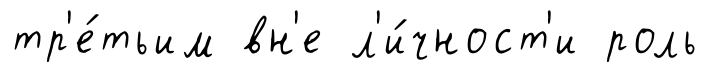
тр'е́тьим вн'е л'и́чност'и роль